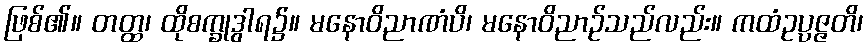
ဖြစ်၏။ တတ္ထ၊ ထိုစက္ခုဒွါရ၌။ မနောဝိညာဏံပိ၊ မနောဝိညာဉ်သည်လည်း။ ကထံဥပ္ပဇ္ဇတိ၊